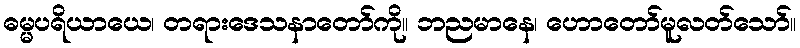
ဓမ္မပရိယာယေ၊ တရားဒေသနာတော်ကို။ ဘညမာနေ၊ ဟောတော်မူလတ်သော်။